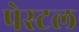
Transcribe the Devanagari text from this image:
पेस्‍टल